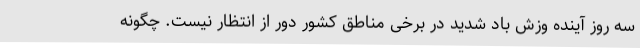
سه روز آینده وزش باد شدید در برخی مناطق کشور دور از انتظار نیست. چگونه